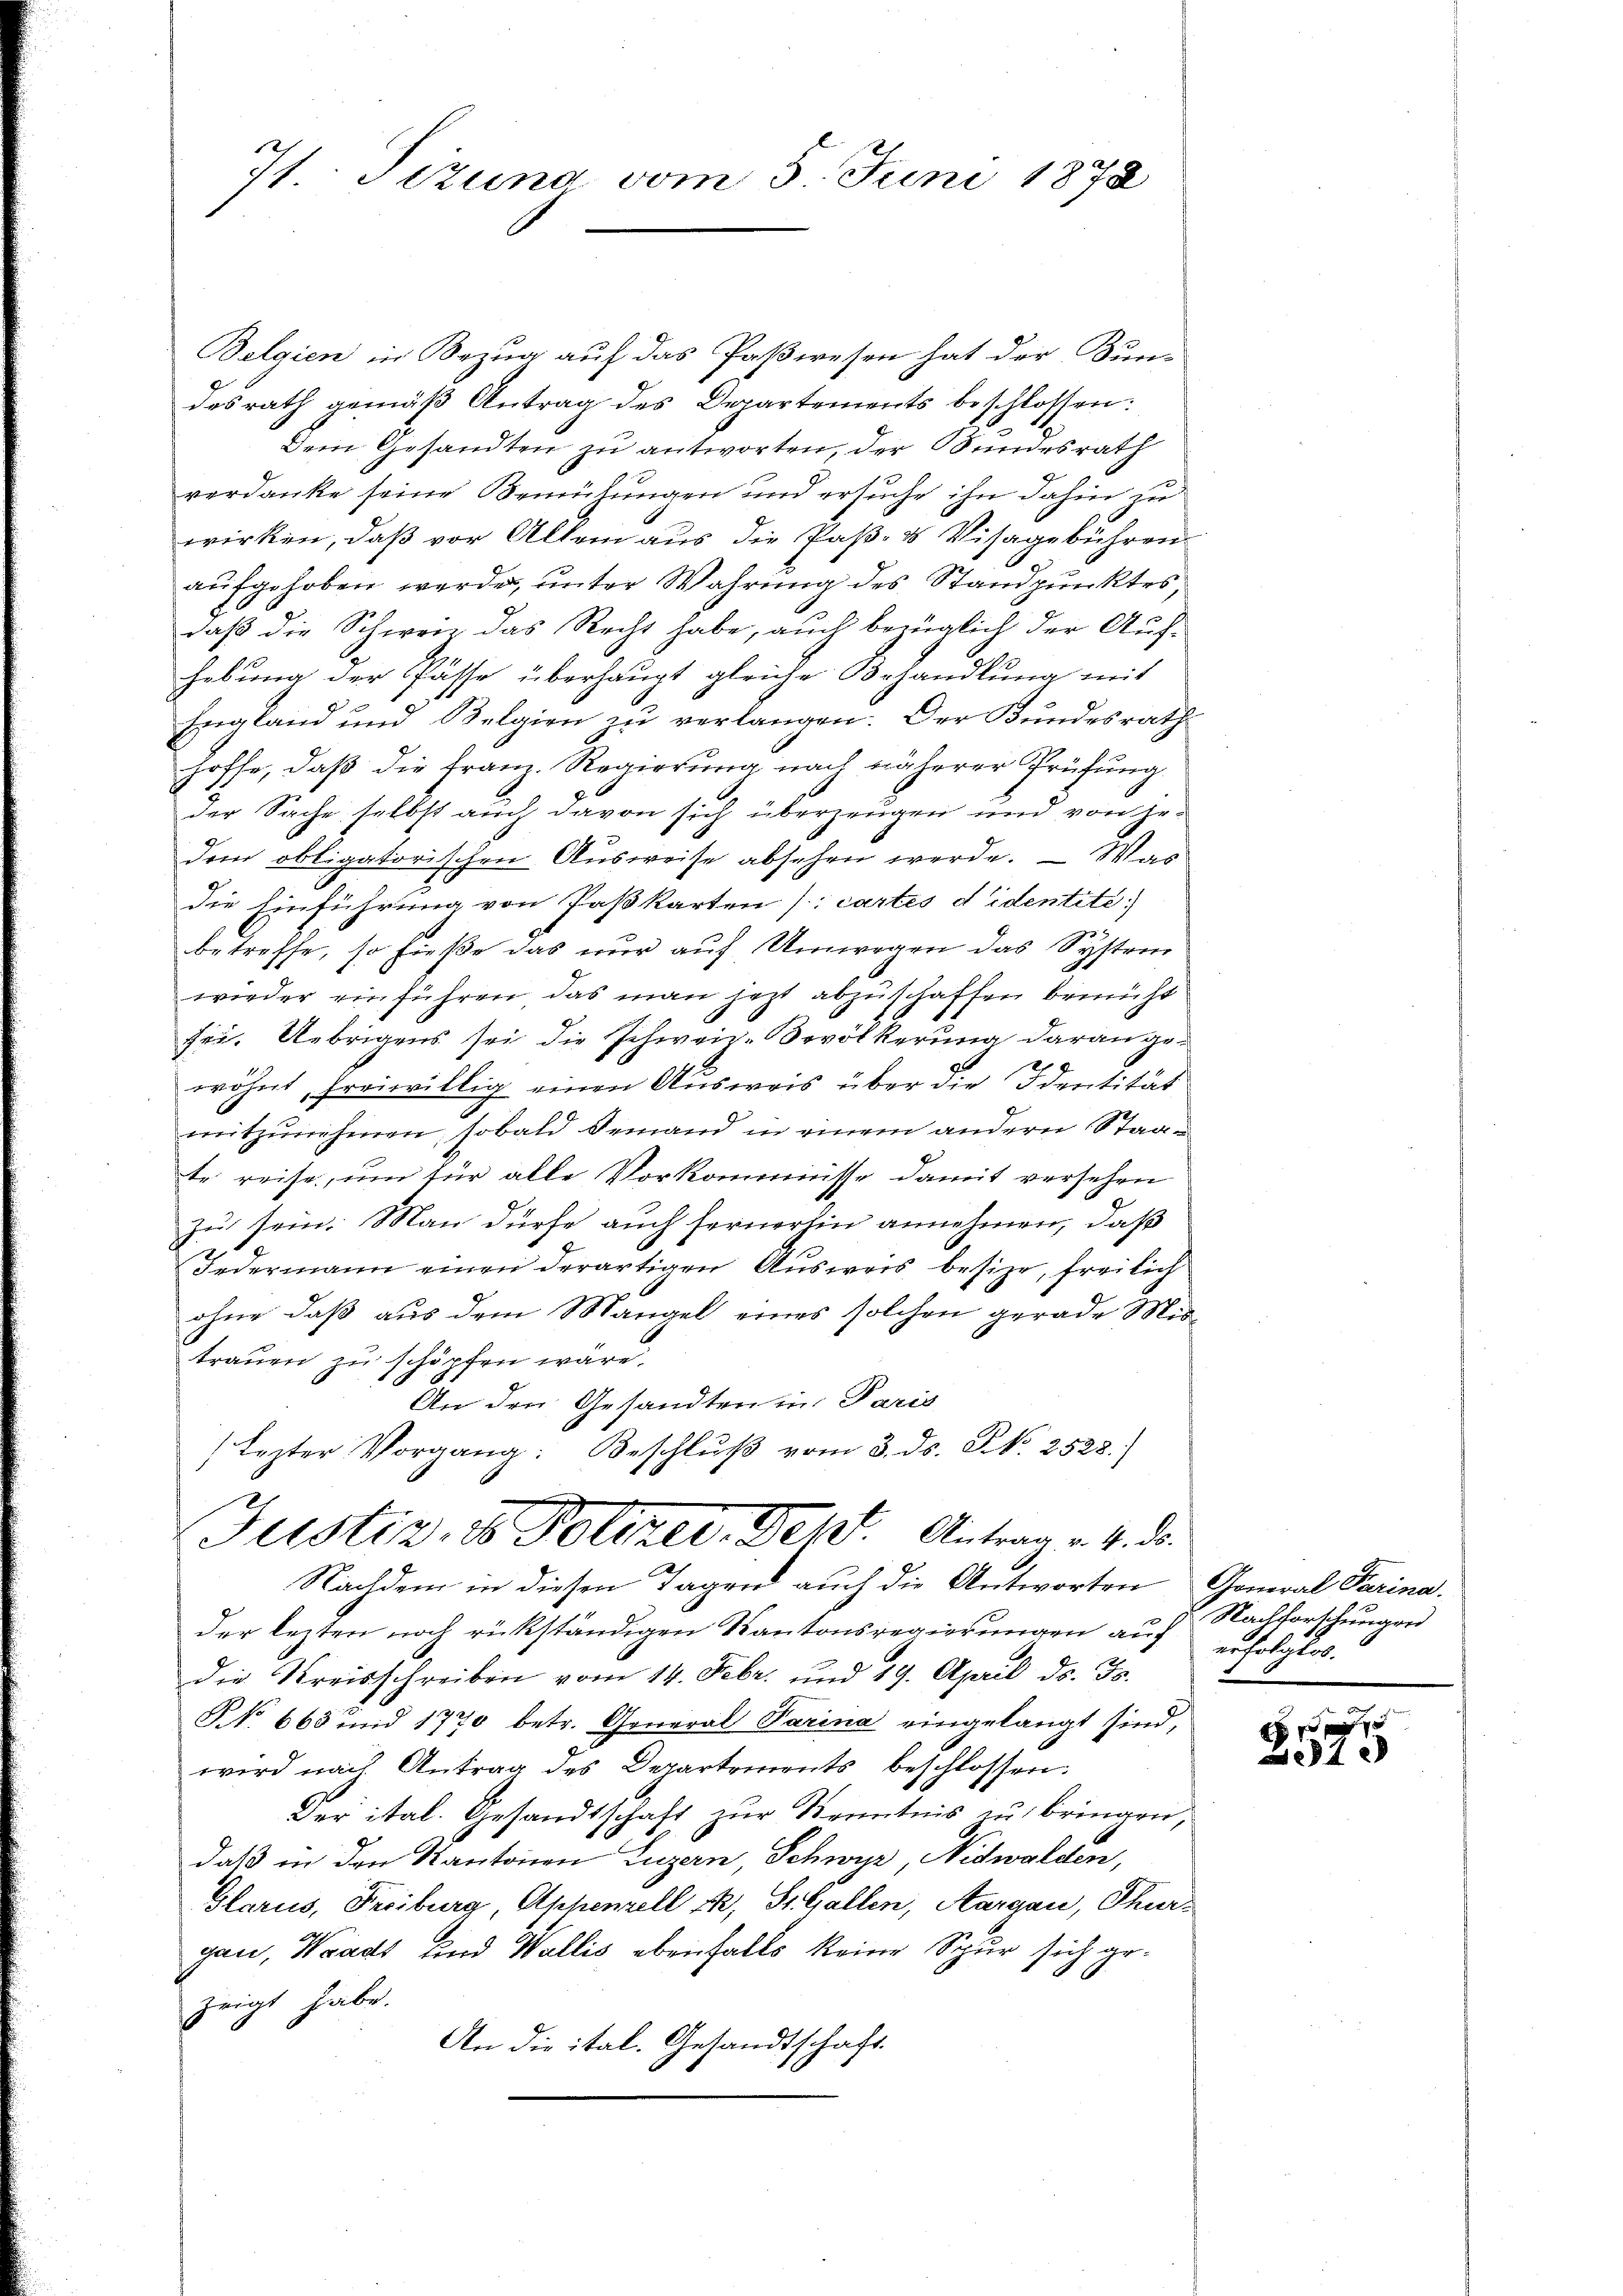
7t. Sizung vom 5. Juni 1878

Belgien in Bezug auf das Paßwesen hat der Bun-
desrath gemäβ Antrag des Departements beschlossen:
Dem Gesandten zu antworten, der Bundesrath
verdanke seine Bemühungen und ersuche ihn dahin zu
wirken, daß vor Allem aus die Paß- & Visagebühren
aufgehoben werde, unter Wahrung des Standpunktes,
daß die Schweiz das Recht habe, auch bringlich der Aufhebung der Pässe überhaupt gleiche Behandlung mit
England und Belgien zu verlangen. Der Bundesrath
hoffe, daß die Franz. Regierung nach näherer Prüfung
der Sache selbst auch davon sich überzeugen und von Gedem obligatorischen Ausweise absehen werde. — Was
die Einführung von Paßkarten [cartes d identité.
betreffe, so fieße das nur auf Umwegen das System
wieder einführen das man jetzt abzuschaffen bemüht
ri. Uebrigens sei die Schweiz. Bevölkerung daran ge¬
7
wöhnt, freiwillig einen Ausweis über die Identität
mitzŭnehmen, sobald demand in einem andern Staate reise, um für alle Vorkommisse damit versehen
zu sein. Man dürfe auch fernerlin annehmen, daß
Jedermann einen derartigen Ausweis besize, freilich
ohne daß aus dem Mangel eines solchen gerade Mittrauen zu schöpfen wäre.
An den Gesandten in Paris
Lezter Vorgang: Beschlŭβ vom 3. ds. S. 2528)
Justiz, io Polizer. Jcht. Antrag v. 4. d.
Nachdem in diesen Tagen auch die Antworten General Parina.
der lezten noch rückständigen Kantonsregierungen auf erfolglos.
die Kreisschreiben vom 14. Febr. und 19. April d. Js.
NNo. 665 und 1770 betr. General Parina eingelangt sind,
wird nach Antrag des Departements beschlossen:
Der ital. Gesandtschaft zur Kenntnis zu bringen,
daß in den Kantonen Luzern, Schwyz, Nidwalden,
Glarus, Freiburg, Appenzell rk, St. Gallen, Aargau, Thurgau, Waadt und Wallis ebenfalls keine Spur sich gezeigt habe.
An die ital. Gesandtschaft.

Nachforschungen

x
81